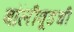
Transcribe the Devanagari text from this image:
बॉलीवूडची